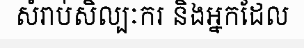
សំរាប់សិល្បៈករ និងអ្នកដែល